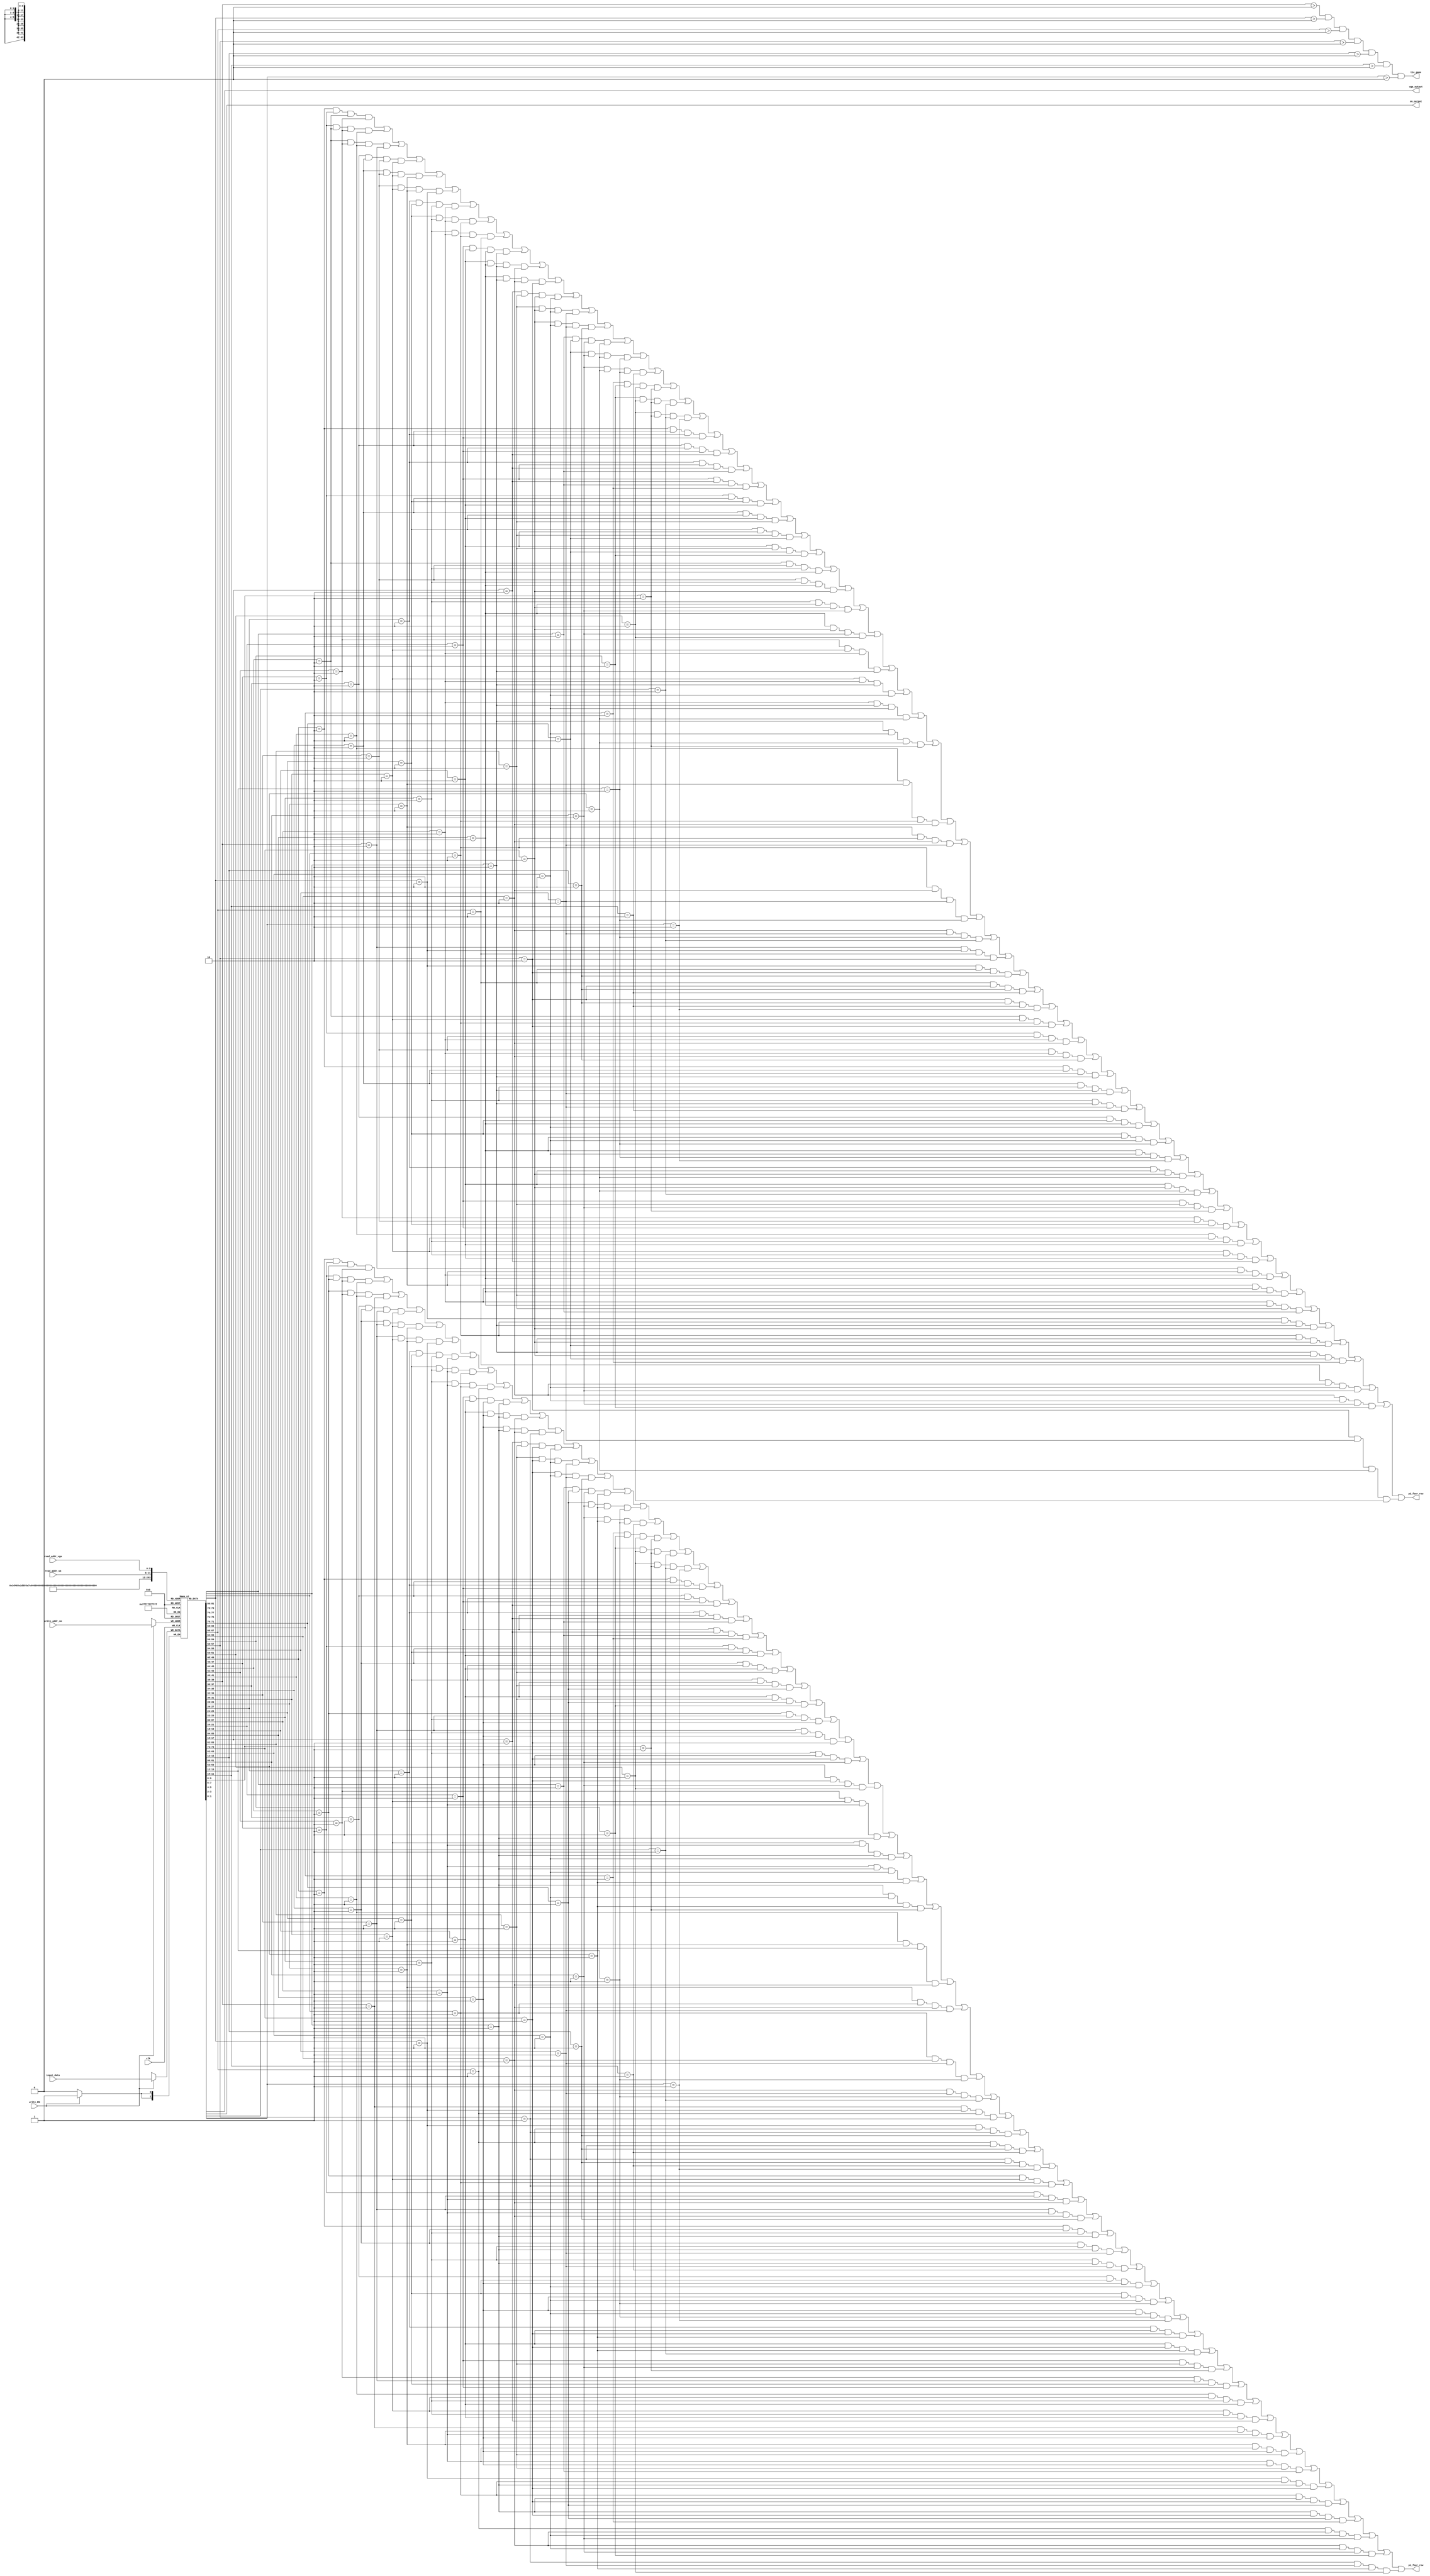
`timescale 1ns / 1ps

//////////////////////////////////////////////////////////////////
//                       Connect 4 RAM memory                    ////
//        Based on array_R_RAM.v from the Merge Array Lab.       //// 
//////////////////////////////////////////////////////////////////

module c4_array_RAM(clk,write_EN,input_data,read_addr_vga, read_addr_sm, write_addr_sm,
					sm_output,vga_output,p1_four_row,p2_four_row, tie_game);

 input clk;
 input write_EN;
 input [1:0] input_data;
 input [5:0] read_addr_vga, read_addr_sm, write_addr_sm;
 
 output [1:0] vga_output, sm_output;
 output p1_four_row;
 output p2_four_row;
 output tie_game;
 
 reg [1:0] c4_array[0:41]; // Array to store the board

 always @ (posedge clk)
	 begin  : c4_array_RAM_logic
		if (write_EN)
			begin
				c4_array[write_addr_sm] <= input_data;
			end
	 end
 
 assign sm_output = c4_array[read_addr_sm];
 assign vga_output = c4_array[read_addr_vga];
 
 //Check if there are no more possible moves (tie condition) 
 assign tie_game = (c4_array[5] > 0 && c4_array[11] > 0 && c4_array[17] > 0 && c4_array[23] > 0 && c4_array[29] > 0 && c4_array[35] > 0 && c4_array[41] > 0);
 
 //Check if P1 wins
 assign p1_four_row= (((c4_array[0] == 1) && (c4_array[1] == 1) && (c4_array[2] == 1) && (c4_array[3] == 1)) || //start of Vertical | & Player 1
						((c4_array[1] == 1) && (c4_array[2] == 1) && (c4_array[3] == 1) && (c4_array[4] == 1)) ||
						((c4_array[2] == 1) && (c4_array[3] == 1) && (c4_array[4] == 1) && (c4_array[5] == 1)) ||
						((c4_array[6] == 1) && (c4_array[7] == 1) && (c4_array[8] == 1) && (c4_array[9] == 1)) ||
						((c4_array[7] == 1) && (c4_array[8] == 1) && (c4_array[9] == 1) && (c4_array[10] == 1))||
						((c4_array[8] == 1) && (c4_array[9] == 1) && (c4_array[10] == 1) && (c4_array[11] == 1)) ||
						((c4_array[12] == 1) && (c4_array[13] == 1) && (c4_array[14] == 1) && (c4_array[15] == 1)) ||
						((c4_array[13] == 1) && (c4_array[14] == 1) && (c4_array[15] == 1) && (c4_array[16] == 1)) ||
						((c4_array[14] == 1) && (c4_array[15] == 1) && (c4_array[16] == 1) && (c4_array[17] == 1)) ||
						((c4_array[18] == 1) && (c4_array[19] == 1) && (c4_array[20] == 1) && (c4_array[21] == 1)) ||
						((c4_array[19] == 1) && (c4_array[20] == 1) && (c4_array[21] == 1) && (c4_array[22] == 1)) ||
						((c4_array[20] == 1) && (c4_array[21] == 1) && (c4_array[22] == 1) && (c4_array[23] == 1)) ||
						((c4_array[24] == 1) && (c4_array[25] == 1) && (c4_array[26] == 1) && (c4_array[27] == 1)) ||
						((c4_array[25] == 1) && (c4_array[26] == 1) && (c4_array[27] == 1) && (c4_array[28] == 1)) ||
						((c4_array[26] == 1) && (c4_array[27] == 1) && (c4_array[28] == 1) && (c4_array[29] == 1)) ||
						((c4_array[30] == 1) && (c4_array[31] == 1) && (c4_array[32] == 1) && (c4_array[33] == 1)) ||
						((c4_array[31] == 1) && (c4_array[32] == 1) && (c4_array[33] == 1) && (c4_array[34] == 1)) ||
						((c4_array[32] == 1) && (c4_array[33] == 1) && (c4_array[34] == 1) && (c4_array[35] == 1)) ||
						((c4_array[36] == 1) && (c4_array[37] == 1) && (c4_array[38] == 1) && (c4_array[39] == 1)) ||
						((c4_array[37] == 1) && (c4_array[38] == 1) && (c4_array[39] == 1) && (c4_array[40] == 1)) ||
						((c4_array[38] == 1) && (c4_array[39] == 1) && (c4_array[40] == 1) && (c4_array[41] == 1)) || //End of Vertical |
						((c4_array[0] == 1) && (c4_array[6] == 1) && (c4_array[12] == 1) && (c4_array[18] == 1)) || //start of Horizontal -
						((c4_array[6] == 1) && (c4_array[12] == 1) && (c4_array[18] == 1) && (c4_array[24] == 1)) ||
						((c4_array[12] == 1) && (c4_array[18] == 1) && (c4_array[24] == 1) && (c4_array[30] == 1)) ||
						((c4_array[18] == 1) && (c4_array[24] == 1) && (c4_array[30] == 1) && (c4_array[36] == 1)) ||
						((c4_array[1] == 1) && (c4_array[7] == 1) && (c4_array[13] == 1) && (c4_array[19] == 1))||
						((c4_array[7] == 1) && (c4_array[13] == 1) && (c4_array[19] == 1) && (c4_array[25] == 1)) ||
						((c4_array[13] == 1) && (c4_array[19] == 1) && (c4_array[25] == 1) && (c4_array[31] == 1)) ||
						((c4_array[19] == 1) && (c4_array[25] == 1) && (c4_array[31] == 1) && (c4_array[37] == 1)) ||
						((c4_array[2] == 1) && (c4_array[8] == 1) && (c4_array[14] == 1) && (c4_array[20] == 1)) ||
						((c4_array[8] == 1) && (c4_array[14] == 1) && (c4_array[20] == 1) && (c4_array[26] == 1)) ||
						((c4_array[14] == 1) && (c4_array[20] == 1) && (c4_array[26] == 1) && (c4_array[32] == 1)) ||
						((c4_array[20] == 1) && (c4_array[26] == 1) && (c4_array[32] == 1) && (c4_array[38] == 1)) ||
						((c4_array[3] == 1) && (c4_array[9] == 1) && (c4_array[15] == 1) && (c4_array[21] == 1)) ||
						((c4_array[9] == 1) && (c4_array[15] == 1) && (c4_array[21] == 1) && (c4_array[27] == 1)) ||
						((c4_array[15] == 1) && (c4_array[21] == 1) && (c4_array[27] == 1) && (c4_array[33] == 1)) ||
						((c4_array[21] == 1) && (c4_array[27] == 1) && (c4_array[33] == 1) && (c4_array[39] == 1)) ||
						((c4_array[4] == 1) && (c4_array[10] == 1) && (c4_array[16] == 1) && (c4_array[22] == 1)) ||
						((c4_array[10] == 1) && (c4_array[16] == 1) && (c4_array[22] == 1) && (c4_array[28] == 1)) ||
						((c4_array[16] == 1) && (c4_array[22] == 1) && (c4_array[28] == 1) && (c4_array[34] == 1)) ||
						((c4_array[22] == 1) && (c4_array[28] == 1) && (c4_array[34] == 1) && (c4_array[40] == 1)) ||
						((c4_array[5] == 1) && (c4_array[11] == 1) && (c4_array[17] == 1) && (c4_array[23] == 1)) ||
						((c4_array[11] == 1) && (c4_array[17] == 1) && (c4_array[23] == 1) && (c4_array[29] == 1)) ||
						((c4_array[17] == 1) && (c4_array[23] == 1) && (c4_array[29] == 1) && (c4_array[35] == 1)) ||						
						((c4_array[23] == 1) && (c4_array[29] == 1) && (c4_array[35] == 1) && (c4_array[41] == 1)) || //End of Horizontal -
						((c4_array[2] == 1) && (c4_array[9] == 1) && (c4_array[16] == 1) && (c4_array[23] == 1)) || //start of Upward Diagonal /
						((c4_array[1] == 1) && (c4_array[8] == 1) && (c4_array[15] == 1) && (c4_array[22] == 1)) ||
						((c4_array[8] == 1) && (c4_array[15] == 1) && (c4_array[22] == 1) && (c4_array[29] == 1)) ||
						((c4_array[0] == 1) && (c4_array[7] == 1) && (c4_array[14] == 1) && (c4_array[21] == 1)) ||
						((c4_array[7] == 1) && (c4_array[14] == 1) && (c4_array[21] == 1) && (c4_array[28] == 1))||
						((c4_array[14] == 1) && (c4_array[21] == 1) && (c4_array[28] == 1) && (c4_array[35] == 1)) ||
						((c4_array[6] == 1) && (c4_array[13] == 1) && (c4_array[20] == 1) && (c4_array[27] == 1)) ||
						((c4_array[13] == 1) && (c4_array[20] == 1) && (c4_array[27] == 1) && (c4_array[34] == 1)) ||
						((c4_array[20] == 1) && (c4_array[27] == 1) && (c4_array[34] == 1) && (c4_array[41] == 1)) ||
						((c4_array[12] == 1) && (c4_array[19] == 1) && (c4_array[26] == 1) && (c4_array[33] == 1)) ||
						((c4_array[19] == 1) && (c4_array[26] == 1) && (c4_array[33] == 1) && (c4_array[40] == 1)) ||
						((c4_array[18] == 1) && (c4_array[25] == 1) && (c4_array[32] == 1) && (c4_array[39] == 1)) || //End of Upward Diagonal /
						((c4_array[3] == 1) && (c4_array[8] == 1) && (c4_array[13] == 1) && (c4_array[18] == 1)) || //start of Downward Diagonal \
						((c4_array[4] == 1) && (c4_array[9] == 1) && (c4_array[14] == 1) && (c4_array[19] == 1)) ||
						((c4_array[9] == 1) && (c4_array[14] == 1) && (c4_array[19] == 1) && (c4_array[24] == 1)) ||
						((c4_array[5] == 1) && (c4_array[10] == 1) && (c4_array[15] == 1) && (c4_array[20] == 1)) ||
						((c4_array[10] == 1) && (c4_array[15] == 1) && (c4_array[20] == 1) && (c4_array[25] == 1)) ||
						((c4_array[15] == 1) && (c4_array[20] == 1) && (c4_array[25] == 1) && (c4_array[30] == 1)) ||
						((c4_array[11] == 1) && (c4_array[16] == 1) && (c4_array[21] == 1) && (c4_array[26] == 1)) ||
						((c4_array[16] == 1) && (c4_array[21] == 1) && (c4_array[26] == 1) && (c4_array[31] == 1)) ||
						((c4_array[21] == 1) && (c4_array[26] == 1) && (c4_array[31] == 1) && (c4_array[36] == 1)) ||
						((c4_array[17] == 1) && (c4_array[22] == 1) && (c4_array[27] == 1) && (c4_array[32] == 1)) ||
						((c4_array[22] == 1) && (c4_array[27] == 1) && (c4_array[32] == 1) && (c4_array[37] == 1)) ||						
						((c4_array[23] == 1) && (c4_array[28] == 1) && (c4_array[33] == 1) && (c4_array[38] == 1))); //End of Downward Diagonal \ & Player 1
 
 //Check if P2 wins 
 assign p2_four_row = (((c4_array[0] == 2) && (c4_array[1] == 2) && (c4_array[2] == 2) && (c4_array[3] == 2)) || //start of Vertical | & Player 2
						((c4_array[1] == 2) && (c4_array[2] == 2) && (c4_array[3] == 2) && (c4_array[4] == 2)) ||
						((c4_array[2] == 2) && (c4_array[3] == 2) && (c4_array[4] == 2) && (c4_array[5] == 2)) ||
						((c4_array[6] == 2) && (c4_array[7] == 2) && (c4_array[8] == 2) && (c4_array[9] == 2)) ||
						((c4_array[7] == 2) && (c4_array[8] == 2) && (c4_array[9] == 2) && (c4_array[10] == 2))||
						((c4_array[8] == 2) && (c4_array[9] == 2) && (c4_array[10] == 2) && (c4_array[11] == 2)) ||
						((c4_array[12] == 2) && (c4_array[13] == 2) && (c4_array[14] == 2) && (c4_array[15] == 2)) ||
						((c4_array[13] == 2) && (c4_array[14] == 2) && (c4_array[15] == 2) && (c4_array[16] == 2)) ||
						((c4_array[14] == 2) && (c4_array[15] == 2) && (c4_array[16] == 2) && (c4_array[17] == 2)) ||
						((c4_array[18] == 2) && (c4_array[19] == 2) && (c4_array[20] == 2) && (c4_array[21] == 2)) ||
						((c4_array[19] == 2) && (c4_array[20] == 2) && (c4_array[21] == 2) && (c4_array[22] == 2)) ||
						((c4_array[20] == 2) && (c4_array[21] == 2) && (c4_array[22] == 2) && (c4_array[23] == 2)) ||
						((c4_array[24] == 2) && (c4_array[25] == 2) && (c4_array[26] == 2) && (c4_array[27] == 2)) ||
						((c4_array[25] == 2) && (c4_array[26] == 2) && (c4_array[27] == 2) && (c4_array[28] == 2)) ||
						((c4_array[26] == 2) && (c4_array[27] == 2) && (c4_array[28] == 2) && (c4_array[29] == 2)) ||
						((c4_array[30] == 2) && (c4_array[31] == 2) && (c4_array[32] == 2) && (c4_array[33] == 2)) ||
						((c4_array[31] == 2) && (c4_array[32] == 2) && (c4_array[33] == 2) && (c4_array[34] == 2)) ||
						((c4_array[32] == 2) && (c4_array[33] == 2) && (c4_array[34] == 2) && (c4_array[35] == 2)) ||
						((c4_array[36] == 2) && (c4_array[37] == 2) && (c4_array[38] == 2) && (c4_array[39] == 2)) ||
						((c4_array[37] == 2) && (c4_array[38] == 2) && (c4_array[39] == 2) && (c4_array[40] == 2)) ||
						((c4_array[38] == 2) && (c4_array[39] == 2) && (c4_array[40] == 2) && (c4_array[41] == 2)) || //End of Vertical |
						((c4_array[0] == 2) && (c4_array[6] == 2) && (c4_array[12] == 2) && (c4_array[18] == 2)) || //start of Horizontal -
						((c4_array[6] == 2) && (c4_array[12] == 2) && (c4_array[18] == 2) && (c4_array[24] == 2)) ||
						((c4_array[12] == 2) && (c4_array[18] == 2) && (c4_array[24] == 2) && (c4_array[30] == 2)) ||
						((c4_array[18] == 2) && (c4_array[24] == 2) && (c4_array[30] == 2) && (c4_array[36] == 2)) ||
						((c4_array[1] == 2) && (c4_array[7] == 2) && (c4_array[13] == 2) && (c4_array[19] == 2))||
						((c4_array[7] == 2) && (c4_array[13] == 2) && (c4_array[19] == 2) && (c4_array[25] == 2)) ||
						((c4_array[13] == 2) && (c4_array[19] == 2) && (c4_array[25] == 2) && (c4_array[31] == 2)) ||
						((c4_array[19] == 2) && (c4_array[25] == 2) && (c4_array[31] == 2) && (c4_array[37] == 2)) ||
						((c4_array[2] == 2) && (c4_array[8] == 2) && (c4_array[14] == 2) && (c4_array[20] == 2)) ||
						((c4_array[8] == 2) && (c4_array[14] == 2) && (c4_array[20] == 2) && (c4_array[26] == 2)) ||
						((c4_array[14] == 2) && (c4_array[20] == 2) && (c4_array[26] == 2) && (c4_array[32] == 2)) ||
						((c4_array[20] == 2) && (c4_array[26] == 2) && (c4_array[32] == 2) && (c4_array[38] == 2)) ||
						((c4_array[3] == 2) && (c4_array[9] == 2) && (c4_array[15] == 2) && (c4_array[21] == 2)) ||
						((c4_array[9] == 2) && (c4_array[15] == 2) && (c4_array[21] == 2) && (c4_array[27] == 2)) ||
						((c4_array[15] == 2) && (c4_array[21] == 2) && (c4_array[27] == 2) && (c4_array[33] == 2)) ||
						((c4_array[21] == 2) && (c4_array[27] == 2) && (c4_array[33] == 2) && (c4_array[39] == 2)) ||
						((c4_array[4] == 2) && (c4_array[10] == 2) && (c4_array[16] == 2) && (c4_array[22] == 2)) ||
						((c4_array[10] == 2) && (c4_array[16] == 2) && (c4_array[22] == 2) && (c4_array[28] == 2)) ||
						((c4_array[16] == 2) && (c4_array[22] == 2) && (c4_array[28] == 2) && (c4_array[34] == 2)) ||
						((c4_array[22] == 2) && (c4_array[28] == 2) && (c4_array[34] == 2) && (c4_array[40] == 2)) ||
						((c4_array[5] == 2) && (c4_array[11] == 2) && (c4_array[17] == 2) && (c4_array[23] == 2)) ||
						((c4_array[11] == 2) && (c4_array[17] == 2) && (c4_array[23] == 2) && (c4_array[29] == 2)) ||
						((c4_array[17] == 2) && (c4_array[23] == 2) && (c4_array[29] == 2) && (c4_array[35] == 2)) ||						
						((c4_array[23] == 2) && (c4_array[29] == 2) && (c4_array[35] == 2) && (c4_array[41] == 2)) || //End of Horizontal -
						((c4_array[2] == 2) && (c4_array[9] == 2) && (c4_array[16] == 2) && (c4_array[23] == 2)) || //start of Upward Diagonal /
						((c4_array[1] == 2) && (c4_array[8] == 2) && (c4_array[15] == 2) && (c4_array[22] == 2)) ||
						((c4_array[8] == 2) && (c4_array[15] == 2) && (c4_array[22] == 2) && (c4_array[29] == 2)) ||
						((c4_array[0] == 2) && (c4_array[7] == 2) && (c4_array[14] == 2) && (c4_array[21] == 2)) ||
						((c4_array[7] == 2) && (c4_array[14] == 2) && (c4_array[21] == 2) && (c4_array[28] == 2))||
						((c4_array[14] == 2) && (c4_array[21] == 2) && (c4_array[28] == 2) && (c4_array[35] == 2)) ||
						((c4_array[6] == 2) && (c4_array[13] == 2) && (c4_array[20] == 2) && (c4_array[27] == 2)) ||
						((c4_array[13] == 2) && (c4_array[20] == 2) && (c4_array[27] == 2) && (c4_array[34] == 2)) ||
						((c4_array[20] == 2) && (c4_array[27] == 2) && (c4_array[34] == 2) && (c4_array[41] == 2)) ||
						((c4_array[12] == 2) && (c4_array[19] == 2) && (c4_array[26] == 2) && (c4_array[33] == 2)) ||
						((c4_array[19] == 2) && (c4_array[26] == 2) && (c4_array[33] == 2) && (c4_array[40] == 2)) ||
						((c4_array[18] == 2) && (c4_array[25] == 2) && (c4_array[32] == 2) && (c4_array[39] == 2)) || //End of Upward Diagonal /
						((c4_array[3] == 2) && (c4_array[8] == 2) && (c4_array[13] == 2) && (c4_array[18] == 2)) || //start of Downward Diagonal \
						((c4_array[4] == 2) && (c4_array[9] == 2) && (c4_array[14] == 2) && (c4_array[19] == 2)) ||
						((c4_array[9] == 2) && (c4_array[14] == 2) && (c4_array[19] == 2) && (c4_array[24] == 2)) ||
						((c4_array[5] == 2) && (c4_array[10] == 2) && (c4_array[15] == 2) && (c4_array[20] == 2)) ||
						((c4_array[10] == 2) && (c4_array[15] == 2) && (c4_array[20] == 2) && (c4_array[25] == 2)) ||
						((c4_array[15] == 2) && (c4_array[20] == 2) && (c4_array[25] == 2) && (c4_array[30] == 2)) ||
						((c4_array[11] == 2) && (c4_array[16] == 2) && (c4_array[21] == 2) && (c4_array[26] == 2)) ||
						((c4_array[16] == 2) && (c4_array[21] == 2) && (c4_array[26] == 2) && (c4_array[31] == 2)) ||
						((c4_array[21] == 2) && (c4_array[26] == 2) && (c4_array[31] == 2) && (c4_array[36] == 2)) ||
						((c4_array[17] == 2) && (c4_array[22] == 2) && (c4_array[27] == 2) && (c4_array[32] == 2)) ||
						((c4_array[22] == 2) && (c4_array[27] == 2) && (c4_array[32] == 2) && (c4_array[37] == 2)) ||						
						((c4_array[23] == 2) && (c4_array[28] == 2) && (c4_array[33] == 2) && (c4_array[38] == 2))); //End of Downward Diagonal \ & Player 2
 
endmodule